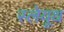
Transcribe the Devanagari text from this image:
स्लेयूथ